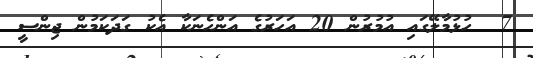
7  ހުޅުމާލޭގައި އުމުރުން 20 އަހަރުގެ އަންހެނަކާ އެކު ގަދަކަމުން ޖިންސީ